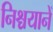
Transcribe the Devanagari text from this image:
निश्चयानें